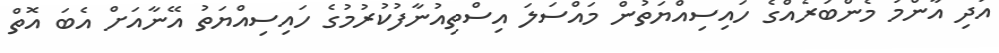
އަދި އާންމު މެންބަރެއްގެ ހައިސިއްޔަތުން މައްސަލަ އިސްތިއުނާފުކުރުމުގެ ހައިސިއްޔަތު އޭނާއަށް އެބަ އޮތް